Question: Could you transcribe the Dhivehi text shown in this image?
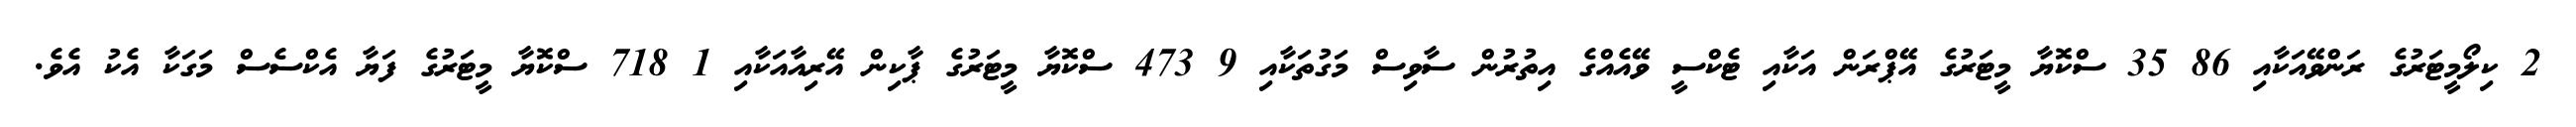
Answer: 2 ކިލޯމީޓަރުގެ ރަންވޭއަކާއި 86 35 ސްކޮޔާ މީޓަރުގެ އޭޕްރަން އަކާއި ޓެކްސީ ވޭއެއްގެ އިތުރުން ސާވިސް މަގުތަކާއި 9 473 ސްކޮޔާ މީޓަރުގެ ޕާކިން އޭރިއާއަކާއި 1 718 ސްކޮޔާ މީޓަރުގެ ފަޔާ އެކްސެސް މަގަކާ އެކު އެވެ.